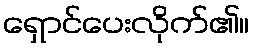
ရှောင်ပေးလိုက်၏။